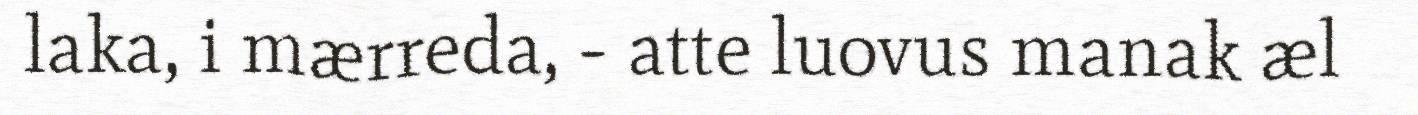
laka, i mærreda, - atte luovus manak æl